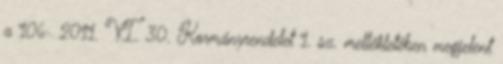
a 106 2011. VI. 30. Kormányrendelet 1. sz. mellékletében megjelent